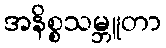
အနိစ္စသမ္ဘူတာ